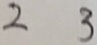
2 3